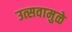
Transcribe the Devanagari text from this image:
उत्सवामुळे